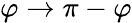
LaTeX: \varphi\rightarrow\pi-\varphi